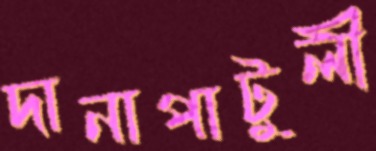
দানাপাটুলী